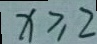
x \geq 2